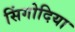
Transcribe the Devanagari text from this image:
सिंगोदिया